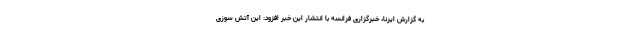
به گزارش ایرنا، خبرگزاری فرانسه با انتشار این خبر افزود: این آتش سوزی